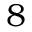
8